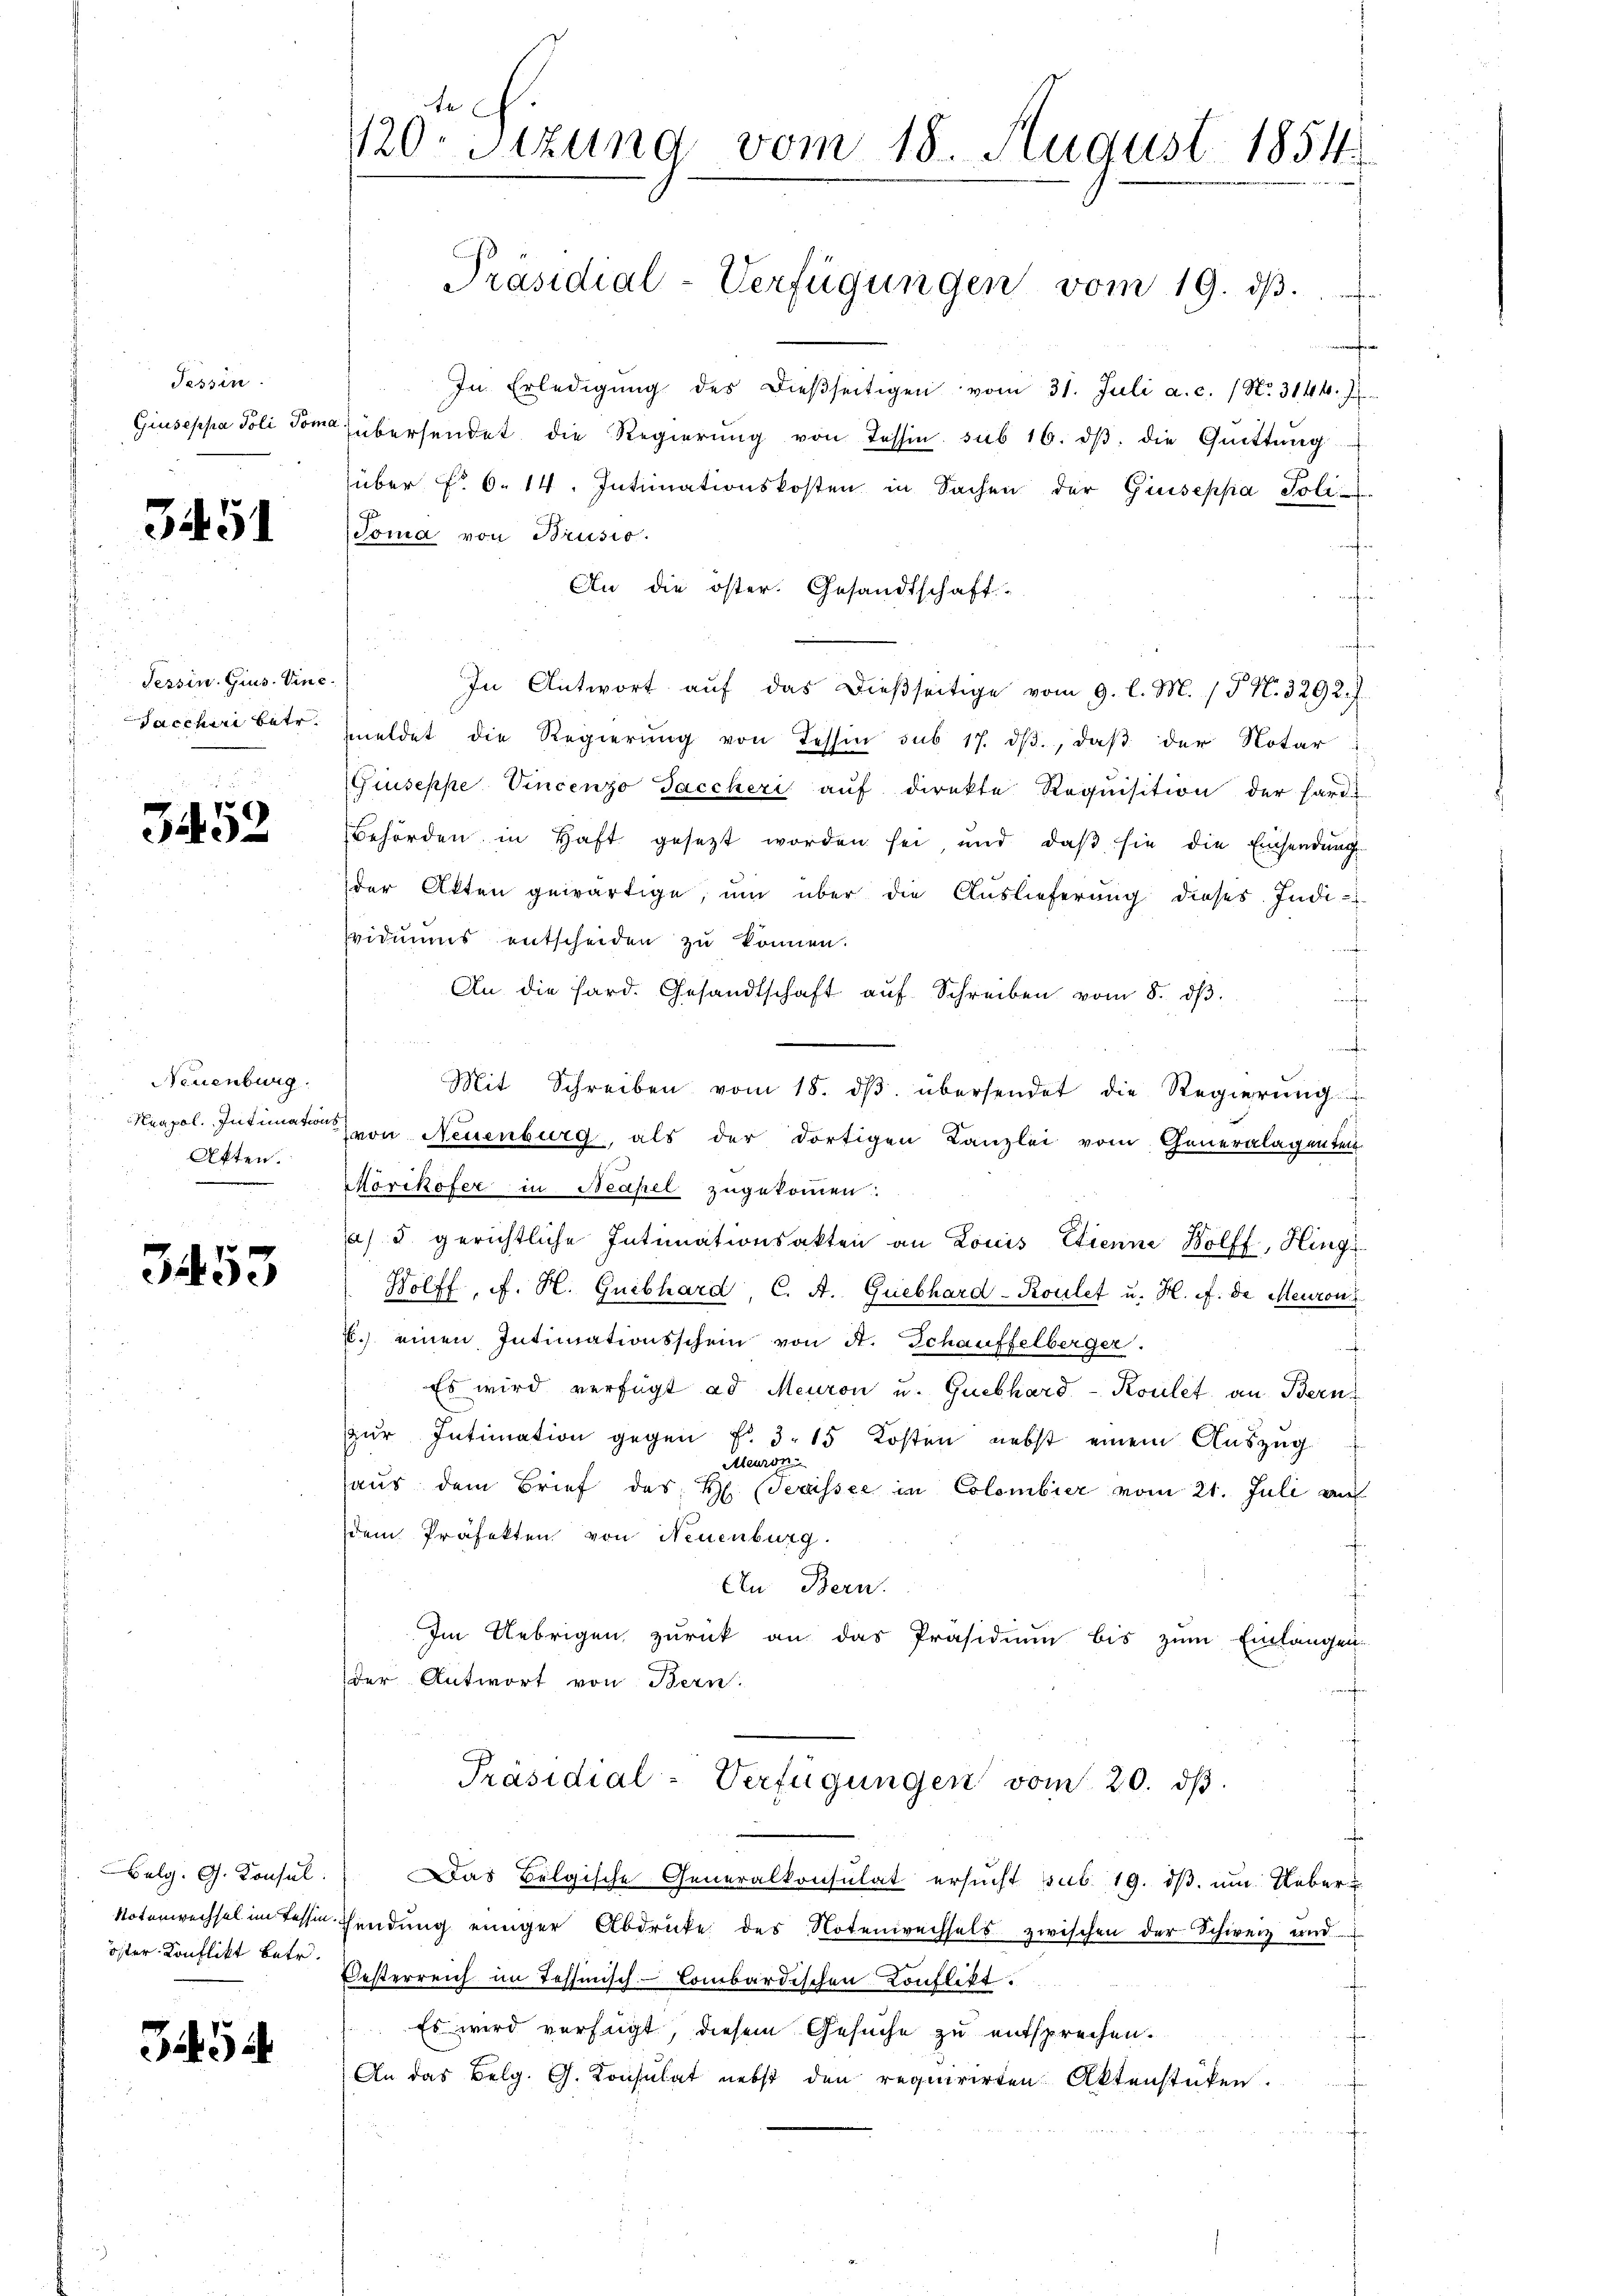
Tessin.

3451

Tessin. Gius. Vinc

3453

Neuenburg.
Akten.

3453

öster Konflikt betr.

3454

te
120. Sitzung vom 18. August 1854.

Präsidial-Verfügungen vom 19. dβ. . . .

In Erledigŭng des dieβseitigen vom 31. Juli a. c. / No. 31440. J
Giuseppa Joli Tomo übersendet die Regierŭng von Tessin sub 16. dβ die Quittung
über f. 6. 14. Intimationskosten in Sachen der Giuseppa Poli-
Toma von Brusio
An die öster. Gesandtschaft-
f
afin
In Antwort aŭf das dießseitige vom 9. l. M. (T. N. 3292.
Saccheri betr. meldet die Regierŭng von Tessin sub 17. dβ, daβ der Notar
Giuseppe Vincenzo Faccheri aŭf direkte Requisition der harte
Behörden in Haft gesetzt worden sei und daβ sie die Einsendŭngs-
der Akten gewärtige, um über die Auslieferung dieses Indi-
svidiums entscheiden zu können.
An die Hard. Gesandtschaft aŭf Schreiben vom 8. dβ.
Mit Schreiben vom 18. dβ übersendet die Regierŭng.
Neapol. Intimation von Neuenburg, als der dortigen Kanzlei vom Generalagenten
Mörikofer in Neapel zugekommen.
a) u. gerichtliche Intimationsakten an Louis Etienne Wolff, Hing
Bolff ff. H. Guebhard C. A. Quebhard-Koulet u. H. ff. de Meuron
l.) einen Intimationsschein von A. Schauffelberger.
t
Es wird verfügt ad Meuron u. Guebhard-Koulet an Bern
zur Intimation gegen f. 3. 15 Kosten nebst einem Auszug
Meuron
haus dem Brief des H. (Serassee in Colombier vom 21. Juli an
dem Präfekten von Neuenburg.
An Bern.
Im Uebrigen zurück an das Präsidium bis zum Einlangen-
der Antwort von Bern.
Präsidial-Verfügungen vom 20. dβ
Belg. G. Konsul. Das Belgische Generalkonsulat ersucht sub. 19. dβ. um Ueber-
Notenrechsel im Tessi sendŭng einiger Abdrücke des Notenrechsels zwischen der Schweiz und
Oesterreich im Tessinisch-Combardischen Konflikt.
f
 Es wird verfügt, diesem Gesuche zu entsprechen.
An das Belg. G. Konsulat nebst den requirirten Aktenstüken.